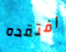
افتقده